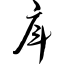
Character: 戽